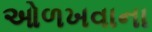
ઓળખવાના